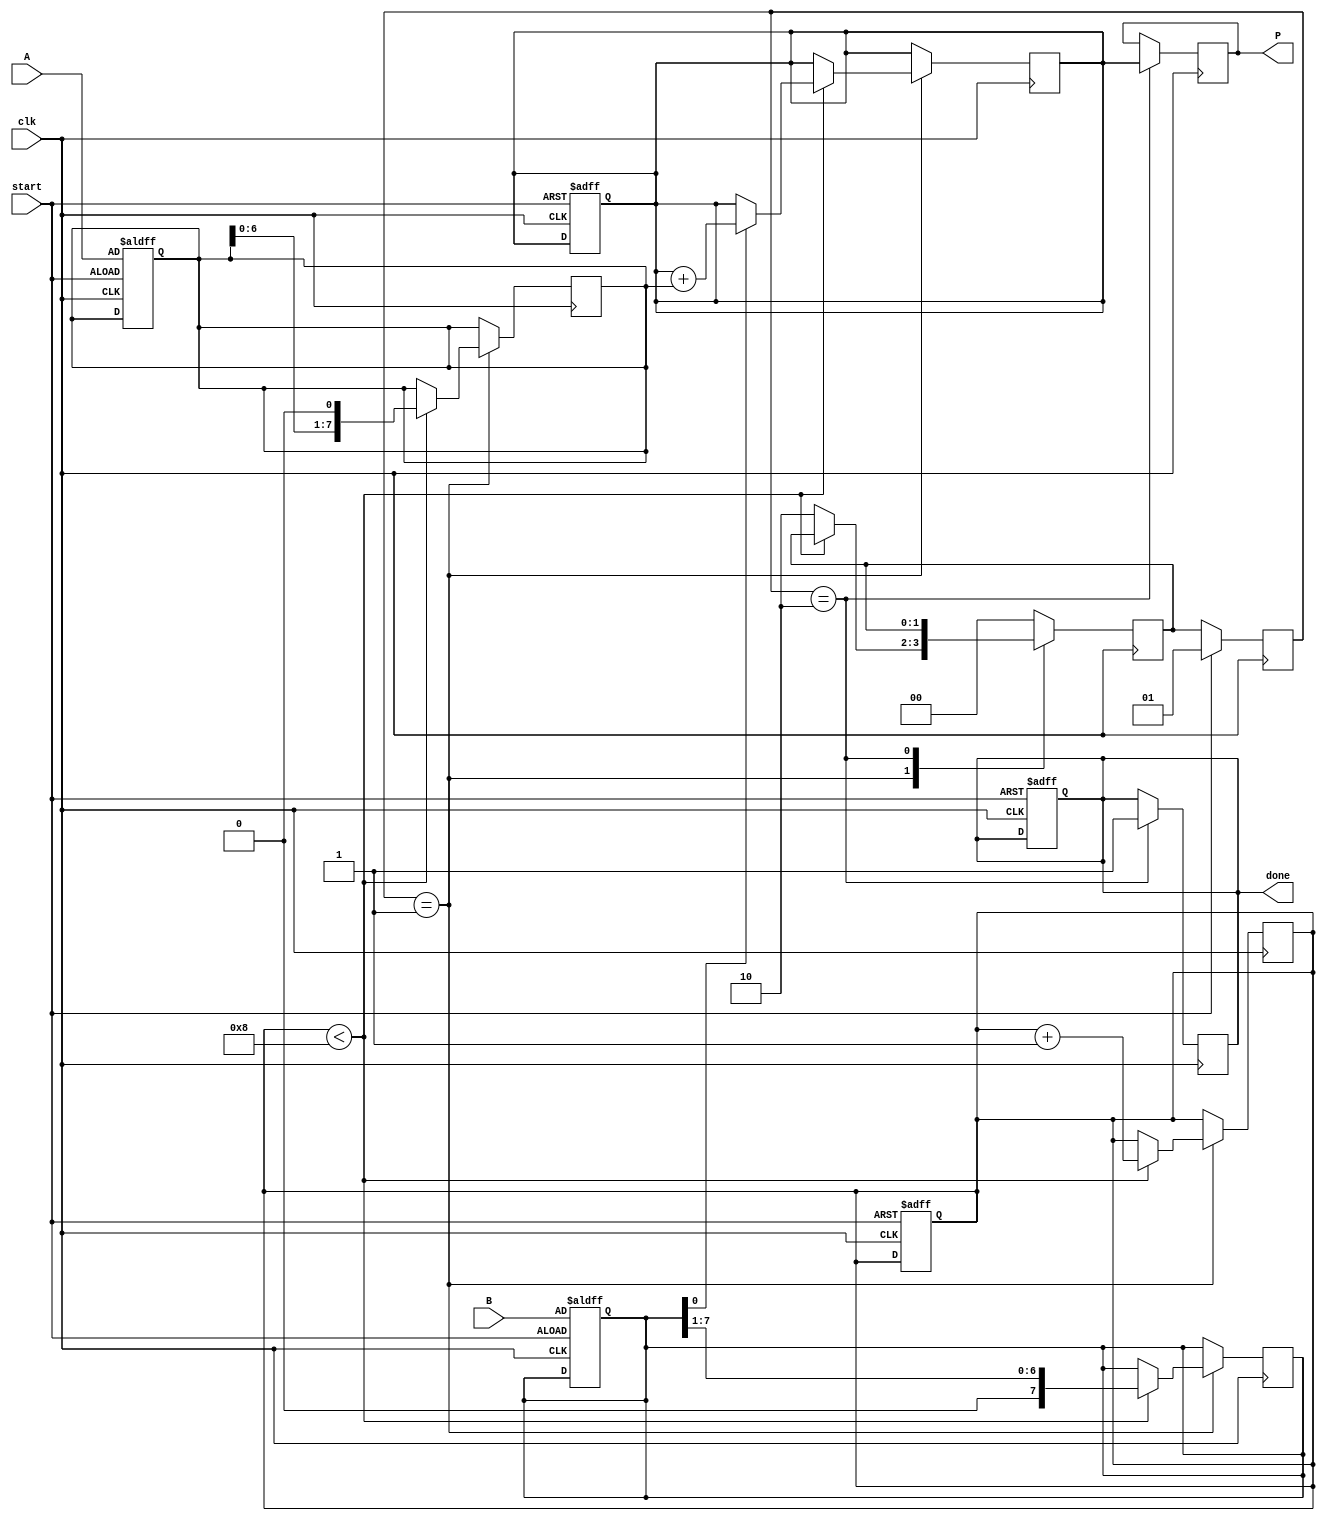
module radix2_multiplier #(parameter N = 8) (
    input  wire [N-1:0] A,      // Multiplicand
    input  wire [N-1:0] B,      // Multiplier
    output reg  [2*N-1:0] P,     // Product
    input  wire clk,              // Clock signal
    input  wire start,            // Start signal
    output reg done               // Done signal
);

    reg [N-1:0] multiplicand;     // Register to hold A
    reg [N-1:0] multiplier;        // Register to hold B
    reg [2*N-1:0] product;         // Register to accumulate the product
    reg [3:0] count;               // Counter for iterations

    // State machine states
    localparam IDLE = 2'b00,
               MULTIPLY = 2'b01,
               DONE = 2'b10;
    reg [1:0] state, next_state;

    // Sequential logic for state transitions
    always @(posedge clk) begin
        if (start) begin
            state <= MULTIPLY;
        end else begin
            state <= next_state;
        end
    end

    // Combinational logic for the multiplication process
    always @(posedge clk) begin
        case (state)
            MULTIPLY: begin
                if (count < N) begin
                    if (multiplier[0] == 1'b1) begin
                        product = product + multiplicand; // Add multiplicand to product
                    end
                    multiplicand = multiplicand << 1; // Shift multiplicand left
                    multiplier = multiplier >> 1;      // Shift multiplier right
                    count = count + 1;                 // Increment count
                end else begin
                    next_state = DONE;                 // Move to DONE state
                end
            end
            DONE: begin
                done <= 1'b1;                       // Set done signal
                P <= product;                       // Output the product
            end
            default: begin
                next_state = IDLE;                 // Default state
            end
        endcase
    end

    // Initialization and reset logic
    always @(posedge clk or posedge start) begin
        if (start) begin
            multiplicand <= A;                 // Load A into multiplicand
            multiplier <= B;                   // Load B into multiplier
            product <= 0;                      // Initialize product to 0
            count <= 0;                        // Reset count
            done <= 1'b0;                      // Reset done signal
        end
    end

endmodule